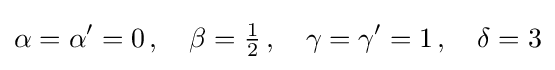
\alpha =\alpha ^{\prime }=0\,,\quad \beta ={\tfrac {1}{2}}\,,\quad \gamma =\gamma ^{\prime }=1\,,\quad \delta =3